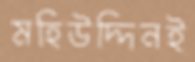
মহিউদ্দিনই